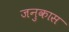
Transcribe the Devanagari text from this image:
जनुकास